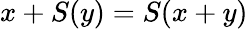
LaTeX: x+S(y)=S(x+y)